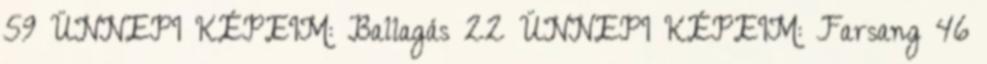
59 ÜNNEPI KÉPEIM: Ballagás 22 ÜNNEPI KÉPEIM: Farsang 46